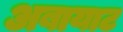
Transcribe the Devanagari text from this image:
अबायाट